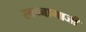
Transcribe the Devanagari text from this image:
स्वप्नामाजी